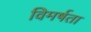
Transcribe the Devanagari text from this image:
विमर्षता